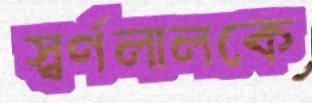
স্বর্ণলালকে